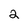
Character: 2